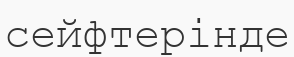
сейфтерінде